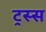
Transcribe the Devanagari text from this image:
ट्रस्स